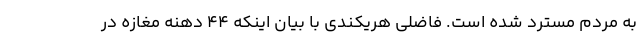
به مردم مسترد شده است. فاضلی هریکندی با بیان اینکه 44 دهنه مغازه در